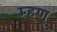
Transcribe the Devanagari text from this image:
म्‍हणू